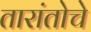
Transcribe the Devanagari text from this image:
तारांतोचे